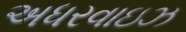
અધરવાઇઝ